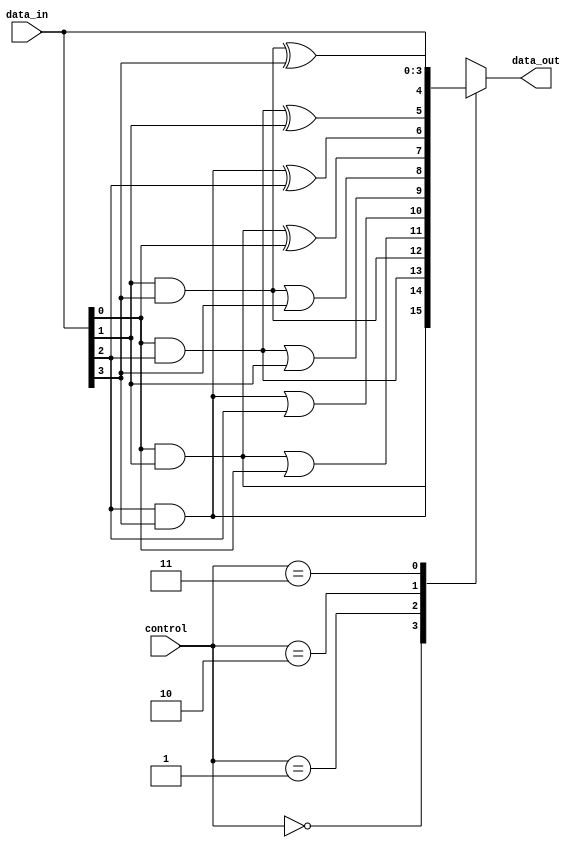
module adjacency_groups (
    input wire [3:0] data_in,  // 4 input signals (2x2 grid)
    input wire [1:0] control,   // Control signals for operation mode
    output reg [3:0] data_out   // 4 output signals
);

// Internal signals for grouped results
wire group1, group2, group3, group4;

// Grouping logic based on adjacency (2D grid)
assign group1 = data_in[0] & data_in[1]; // Top row
assign group2 = data_in[2] & data_in[3]; // Bottom row
assign group3 = data_in[0] & data_in[2]; // Left column
assign group4 = data_in[1] & data_in[3]; // Right column

// Processing logic based on control signals
always @(*) begin
    case (control)
        2'b00: begin
            // AND operation on all groups
            data_out = {group1, group2, group3, group4};
        end
        2'b01: begin
            // OR operation on all groups
            data_out = {group1 | data_in[0], group2 | data_in[2], group3 | data_in[1], group4 | data_in[3]};
        end
        2'b10: begin
            // XOR operation on all groups
            data_out = {group1 ^ data_in[0], group2 ^ data_in[2], group3 ^ data_in[1], group4 ^ data_in[3]};
        end
        2'b11: begin
            // Default case: pass through input
            data_out = data_in;
        end
        default: begin
            data_out = 4'b0000; // Safety case
        end
    endcase
end

endmodule